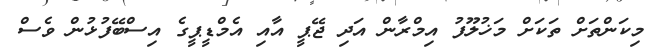
މިކަންތަށް ތަކަށް މަޚުލޫފު އިމްރާން އަދި ޖޭޕީ އާއި އެމްޑީޕީގެ އިސްބޭފުޅުން ވެސް